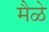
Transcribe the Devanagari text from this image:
मैळे